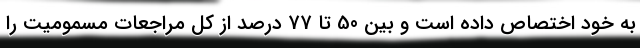
به خود اختصاص داده است و بین 50 تا 77 درصد از کل مراجعات مسمومیت را